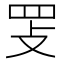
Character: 𰭈